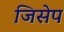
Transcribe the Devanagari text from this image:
जिसेप